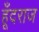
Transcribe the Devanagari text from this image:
हूँदराज